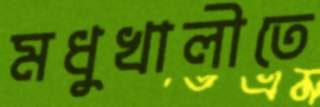
মধুখালীতে